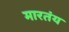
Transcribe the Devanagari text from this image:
मारतंय